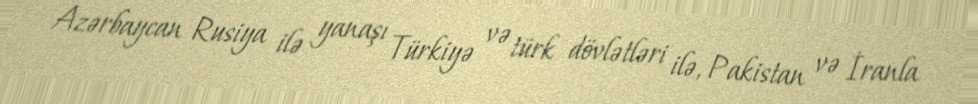
Azərbaycan Rusiya ilə yanaşı Türkiyə və türk dövlətləri ilə, Pakistan və İranla